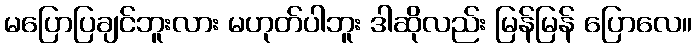
မပြောပြချင်ဘူးလား မဟုတ်ပါဘူး ဒါဆိုလည်း မြန်မြန် ပြောလေ။